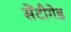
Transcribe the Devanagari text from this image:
सेंटीगेड